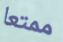
ممتعا